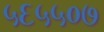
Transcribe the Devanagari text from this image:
५६५५०७